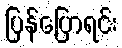
ပြန်ပြောရင်း